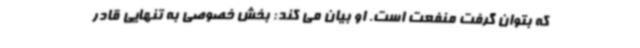
که بتوان گرفت منفعت است. او بیان می کند: بخش خصوصی به تنهایی قادر